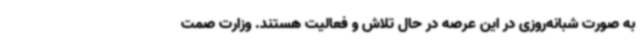
به صورت شبانه‌روزی در این عرصه در حال تلاش و فعالیت هستند. وزارت صمت